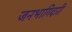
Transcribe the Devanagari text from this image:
जनभागिदारी